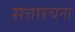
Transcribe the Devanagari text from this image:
सत्तारचना